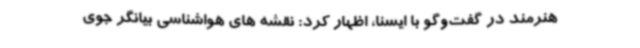
هنرمند در گفت‌وگو با ایسنا، اظهار کرد: نقشه های هواشناسی بیانگر جوی